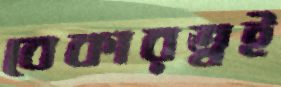
বেকারত্বই